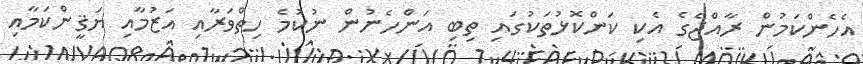
އެހެންކަމުން ރާއްޖެގެ އެކި ކަންކޮޅުތަކުގައި ތިބި އަންހެނުން ނުކުމެ ހިތްވަރާއި އަޒުމާއި ޔަޤީންކަމާއި